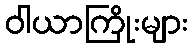
ဝါယာကြိုးများ